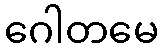
ဂေါတမေ